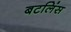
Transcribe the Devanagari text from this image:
बटलिंस